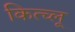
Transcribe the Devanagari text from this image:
कित्च्लू